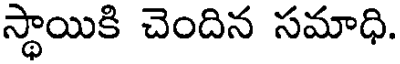
స్థాయికి చెందిన సమాధి.